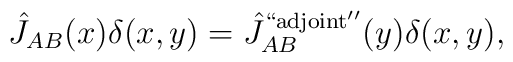
\hat J_{AB}(x)\delta(x,y)={\hat J}^{\rm ``adjoint''}_{AB}(y)\delta(x,y),